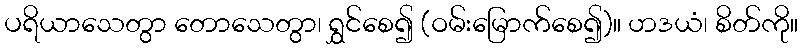
ပရိယာသေတွာ တောသေတွာ၊ ရွှင်စေ၍ (ဝမ်းမြောက်စေ၍)။ ဟဒယံ၊ စိတ်ကို။